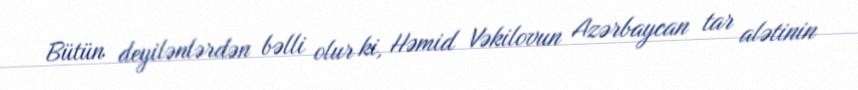
Bütün deyilənlərdən bəlli olur ki, Həmid Vəkilovun Azərbaycan tar alətinin